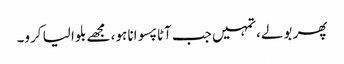
پھر بولے،تمہیں جب آٹا پسوانا ہو، مجھے بلوا لیا کرو۔